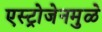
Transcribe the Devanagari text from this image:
एस्ट्रोजेनमुळे